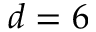
d = 6